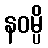
နဝမ္ပိ